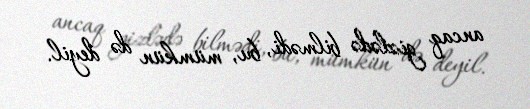
ancaq gizlədə bilmədi, bu, mümkün də deyil.